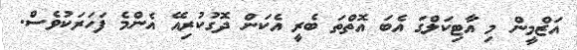
އަޒްމީން މި އާޓިކަލްގަ އެބަ އޮތްތަ ބެރީ އެކަން ދޮގުކުރިއޭ އެންމެ ފަހަރަކުވެސް.